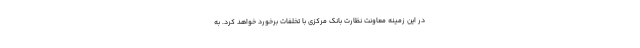
در این زمینه معاونت نظارت بانک مرکزی با تخلفات برخورد خواهد کرد. به